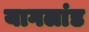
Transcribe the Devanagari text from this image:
यागलांड